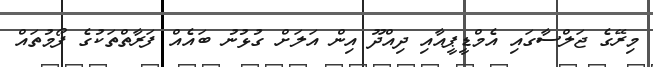
މިރޭގެ ޖަލްސާގައި އެމްޑީޕީއާއި ދިއްދޫ އިން އަލަށް ގުޅުނު ބައެއް ފަރާތްތަކުގެ ފޯމުތައް